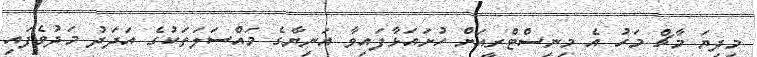
މިދިޔަ މާޗް މަހު އެ މިނިސްޓްރީއަށް ހުށައަޅާފައިވާ އަނިޔާގެ މައްސަލަތަކުގެ އަދަދު މަދުވެފައިި